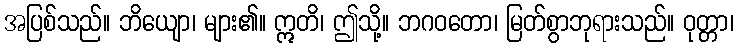
အပြစ်သည်။ ဘိယျော၊ များ၏။ ဣတိ၊ ဤသို့။ ဘဂဝတော၊ မြတ်စွာဘုရားသည်။ ဝုတ္တာ၊